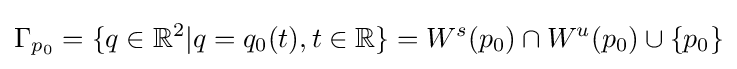
\Gamma _{p_{0}}=\{q\in \mathbb {R} ^{2}|q=q_{0}(t),t\in \mathbb {R} \}=W^{s}(p_{0})\cap W^{u}(p_{0})\cup \{p_{0}\}